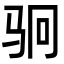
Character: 𬳶